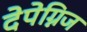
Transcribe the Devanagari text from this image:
देपेग्निज